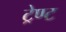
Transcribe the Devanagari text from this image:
ट्रेण्ट